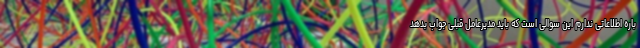
باره اطلاعاتی ندارم این سوالی است که باید مدیرعامل قبلی جواب بدهد